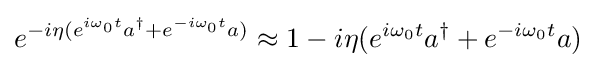
e^{-i\eta (e^{i\omega _{0}t}a^{\dagger }+e^{-i\omega _{0}t}a)}\approx 1-i\eta (e^{i\omega _{0}t}a^{\dagger }+e^{-i\omega _{0}t}a)